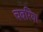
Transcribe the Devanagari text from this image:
चबरिया